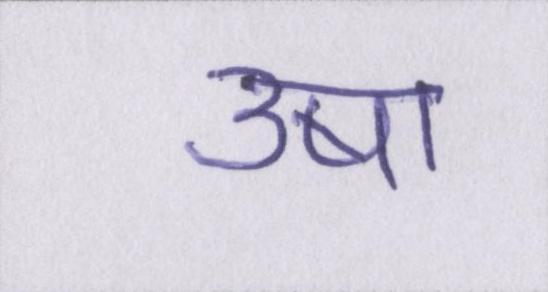
उषा